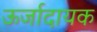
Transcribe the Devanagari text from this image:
ऊर्जादायक